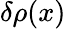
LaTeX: \delta\rho(x)